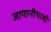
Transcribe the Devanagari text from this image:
जापानीभाषी